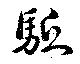
駆